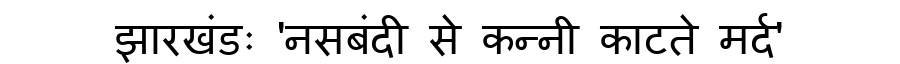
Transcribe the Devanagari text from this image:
झारखंडः 'नसबंदी से कन्नी काटते मर्द'